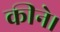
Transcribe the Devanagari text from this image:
कीने।